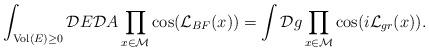
LaTeX: \begin{align*}\int_{{\rm Vol}(E) \geq 0} {\cal D}E {\cal D}A \prod_{x\in\cal M} \cos({\cal L}_{BF}(x)) =\int {\cal D}g \prod_{x\in\cal M} \cos(i{\cal L}_{gr}(x)).\end{align*}